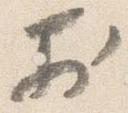
於